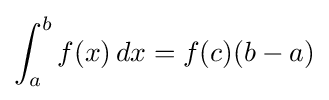
\int _{a}^{b}f(x)\,dx=f(c)(b-a)